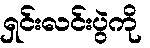
ရှင်းလင်းပွဲကို